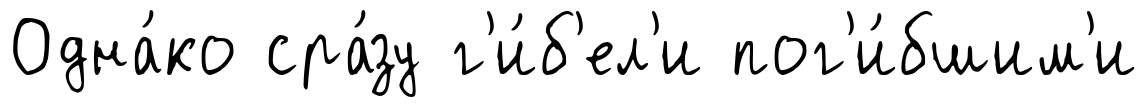
Одна́ко сра́зу г'и́б'ел'и пог'и́бшим'и